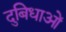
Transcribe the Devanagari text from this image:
दुबिधाओं